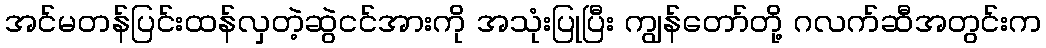
အင်မတန်ပြင်းထန်လှတဲ့ဆွဲငင်အားကို အသုံးပြုပြီး ကျွန်တော်တို့ ဂလက်ဆီအတွင်းက